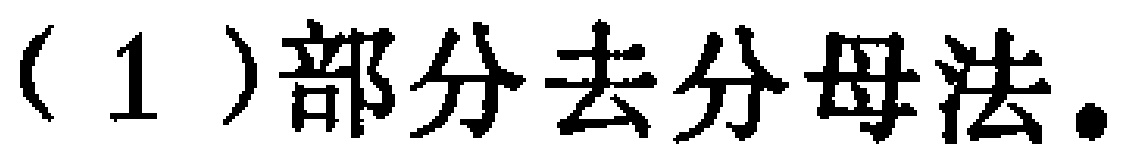
（1）部分去分母法.